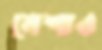
নেশাও